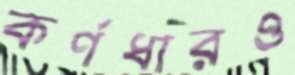
কর্ণধারও